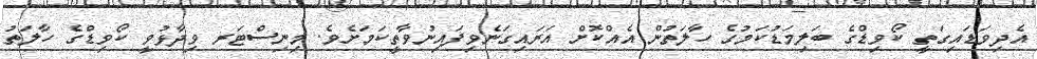
އެދިވަޑައިގަތީ ކޯވިޑްގެ ބަލިމަޑުކަމުގެ ހާލަތުން އެއްކޮށް އަރައިގަނެވިފައިނުވާތީކަމަށެވެ. މިނިސްޓަރ ވިދާޅުވީ ކޯވިޑްގެ ހާލަތު